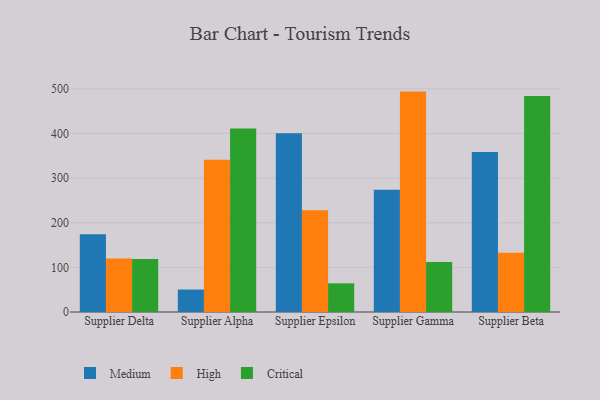
{"axis": {"x": "Supplier", "y": "Latency (ms)"}, "legend": ["Critical", "High", "Medium"], "data": [{"x": "Supplier Delta", "y": 174.4, "type": "Medium"}, {"x": "Supplier Delta", "y": 119.7, "type": "High"}, {"x": "Supplier Delta", "y": 118.9, "type": "Critical"}, {"x": "Supplier Alpha", "y": 50.3, "type": "Medium"}, {"x": "Supplier Alpha", "y": 340.9, "type": "High"}, {"x": "Supplier Alpha", "y": 410.9, "type": "Critical"}, {"x": "Supplier Epsilon", "y": 400.6, "type": "Medium"}, {"x": "Supplier Epsilon", "y": 228.0, "type": "High"}, {"x": "Supplier Epsilon", "y": 64.2, "type": "Critical"}, {"x": "Supplier Gamma", "y": 273.9, "type": "Medium"}, {"x": "Supplier Gamma", "y": 493.8, "type": "High"}, {"x": "Supplier Gamma", "y": 112.1, "type": "Critical"}, {"x": "Supplier Beta", "y": 358.7, "type": "Medium"}, {"x": "Supplier Beta", "y": 132.5, "type": "High"}, {"x": "Supplier Beta", "y": 484.1, "type": "Critical"}]}